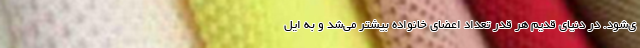
ی‌شود. در دنیای قدیم هر قدر تعداد اعضای خانواده بیشتر می‌شد و به ایل